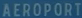
AEROPORT